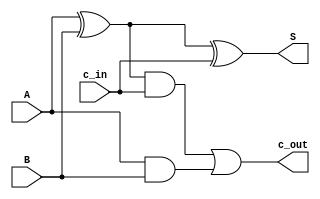
module one_bit_full_adder(c_out,S, A, B, c_in); 
	input A,B,c_in; 
	output S,c_out;

	wire w1, temp0, temp1, temp2;
	
	xor xor1(temp0, A, B); 
	xor xor2(S, temp0, c_in);
	and and1(temp1, temp0, c_in); 
	and and2(temp2, A, B);
	or or1(c_out, temp1, temp2); 
	
	
endmodule